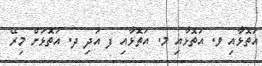
އަތޮޅާއި ވ. އަތޮޅާއި މ. އަތޮޅާއި ފ އަދި ދ. އަތޮޅަށް މިރޭ